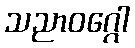
သညာဝဂ္ဂေါ